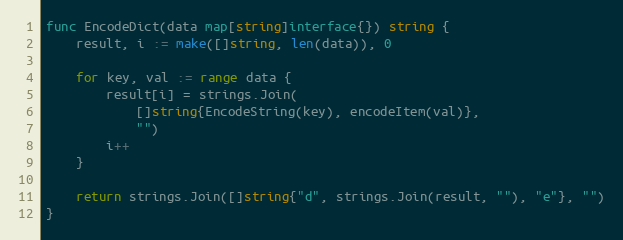
Language: Go
func EncodeDict(data map[string]interface{}) string {
	result, i := make([]string, len(data)), 0

	for key, val := range data {
		result[i] = strings.Join(
			[]string{EncodeString(key), encodeItem(val)},
			"")
		i++
	}

	return strings.Join([]string{"d", strings.Join(result, ""), "e"}, "")
}